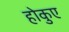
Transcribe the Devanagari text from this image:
होकुए